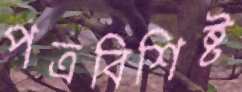
পত্রবিশিষ্ট